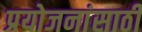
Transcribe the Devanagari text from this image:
प्रयोजनांसाठी